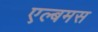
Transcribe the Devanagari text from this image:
एल्बमस